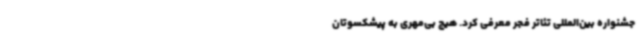
جشنواره بین‌المللی تئاتر فجر معرفی کرد. هیچ بی‌مهری به پیشکسوتان